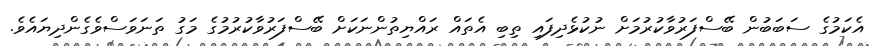
އެކަމުގެ ސަބަބުން ބޭސްފަރުވާކުރުމަށް ނުކުޅެދިފައި ތިބި އެތައް ރައްޔިތުންނަކަށް ބޭސްފަރުވާކުރުމުގެ މަގު ތަނަވަސްވެގެންދިޔައެވެ.